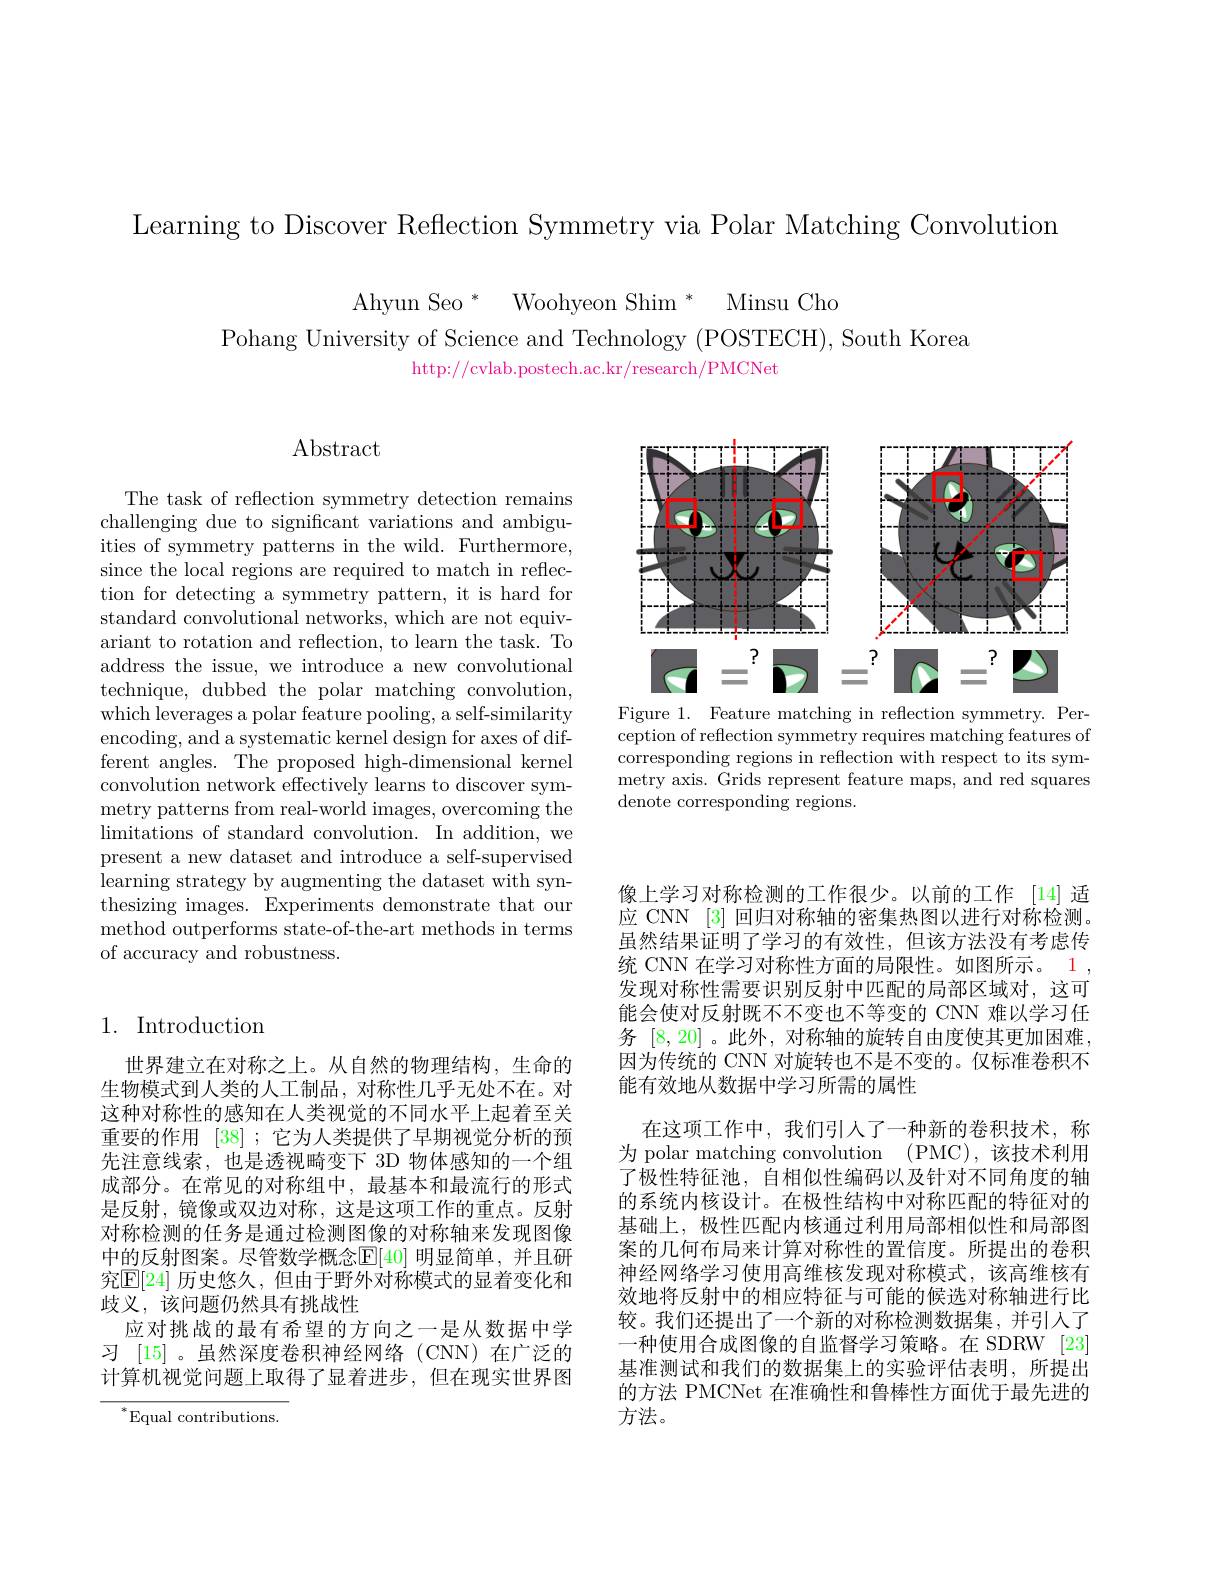
Learning to Discover Reflection Symmetry via Polar Matching Convolution

Ahyun Seo * Woohyeon Shim * Minsu Chc
Pohang University of Science and Technology (POSTECH), South Korea
http://cvlab.postech.ac.kr/research/PMCNet

$\operatorname{Abstract}$

The task of reflection symmetry detection remains challenging due to significant variations and ambiguities of symmetry patterns in the wild. Furthermore, since the local regions are required to match in reflection for detecting a symmetry pattern, it is hard for standard convolutional networks, which are not equivariant to rotation and reflection, to learn the task. To address the issue, we introduce a new convolutional technique, dubbed the polar matching convolution, which leverages a polar feature pooling, a self-similarity encoding, and a systematic kernel design for axes of different angles. The proposed high-dimensional kernel convolution network effectively learns to discover symmetry patterns from real-world images, overcoming the limitations of standard convolution. In addition, we present a new dataset and introduce a self-supervised learning strategy by augmenting the dataset with synthesizing images. Experiments demonstrate that our method outperforms state-of-the-art methods in terms of accuracy and robustness.

<FigureHere>

Figure 1. Feature matching in reflection symmetry. Perception of reflection symmetry requires matching features of corresponding regions in reflection with respect to its symmetry axis. Grids represent feature maps, and red squares denote corresponding regions.

## 1. Introduction

世界建立在对称之上。从自然的物理结构，生命的生物模式到人类的人工制品，对称性几乎无处不在。对这种对称性的感知在人类视觉的不同水平上起着至关重要的作用[38] ;它为人类提供了早期视觉分析的预先注意线索，也是透视畸变下 3D 物体感知的一个组成部分。在常见的对称组中，最基本和最流行的形式是反射，镜像或双边对称，这是这项工作的重点。反射对称检测的任务是通过检测图像的对称轴来发现图像中的反射图案。尽管数学概念$\mathbb{E}[40]$ 明显简单，并且研究$\mathbb{E}[24]$ 历史悠久，但由于野外对称模式的显着变化和歧义，该问题仍然具有挑战性
应对挑战的最有希望的方向之一是从数据中学习 [15]。虽然深度卷积神经网络 (CNN)在广泛的计算机视觉问题上取得了显着进步，但在现实世界图

$^*$Equal contributions.

像上学习对称检测的工作很少。以前的工作 [14] 适应 CNN [3] 回归对称轴的密集热图以进行对称检测。虽然结果证明了学习的有效性，但该方法没有考虑传统 CNN 在学习对称性方面的局限性。如图所示。1 , 发现对称性需要识别反射中匹配的局部区域对，这可能会使对反射既不不变也不等变的 CNN 难以学习任务[8,20]。此外，对称轴的旋转自由度使其更加困难因为传统的 CNN 对旋转也不是不变的。仅标准卷积不能有效地从数据中学习所需的属性
在这项工作中，我们引人了一种新的卷积技术，称为 polar matching convolution (PMC),该技术利用了极性特征池，自相似性编码以及针对不同角度的轴的系统内核设计。在极性结构中对称匹配的特征对的基础上，极性匹配内核通过利用局部相似性和局部图案的几何布局来计算对称性的置信度。所提出的卷积神经网络学习使用高维核发现对称模式，该高维核有效地将反射中的相应特征与可能的候选对称轴进行比较。我们还提出了一个新的对称检测数据集，并引入了一种使用合成图像的自监督学习策略。在 SDRW [23] 基准测试和我们的数据集上的实验评估表明，所提出的方法 PMCNet 在准确性和鲁棒性方面优于最先进的方法。